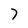
Character: 7